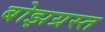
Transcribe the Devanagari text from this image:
बोझग्रस्त